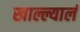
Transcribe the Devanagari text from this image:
खाल्ल्यालं